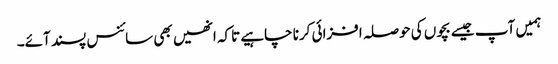
ہمیں آپ جیسے بچوں کی حوصلہ افزائی کرنا چاہیے تاکہ انھیں بھی سائنس پسند آئے۔